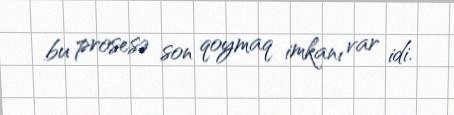
bu prosesə son qoymaq imkanı var idi.